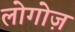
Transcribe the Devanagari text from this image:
लोगोज़